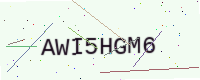
Text: AWI5HGM6